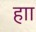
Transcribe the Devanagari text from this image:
हाा